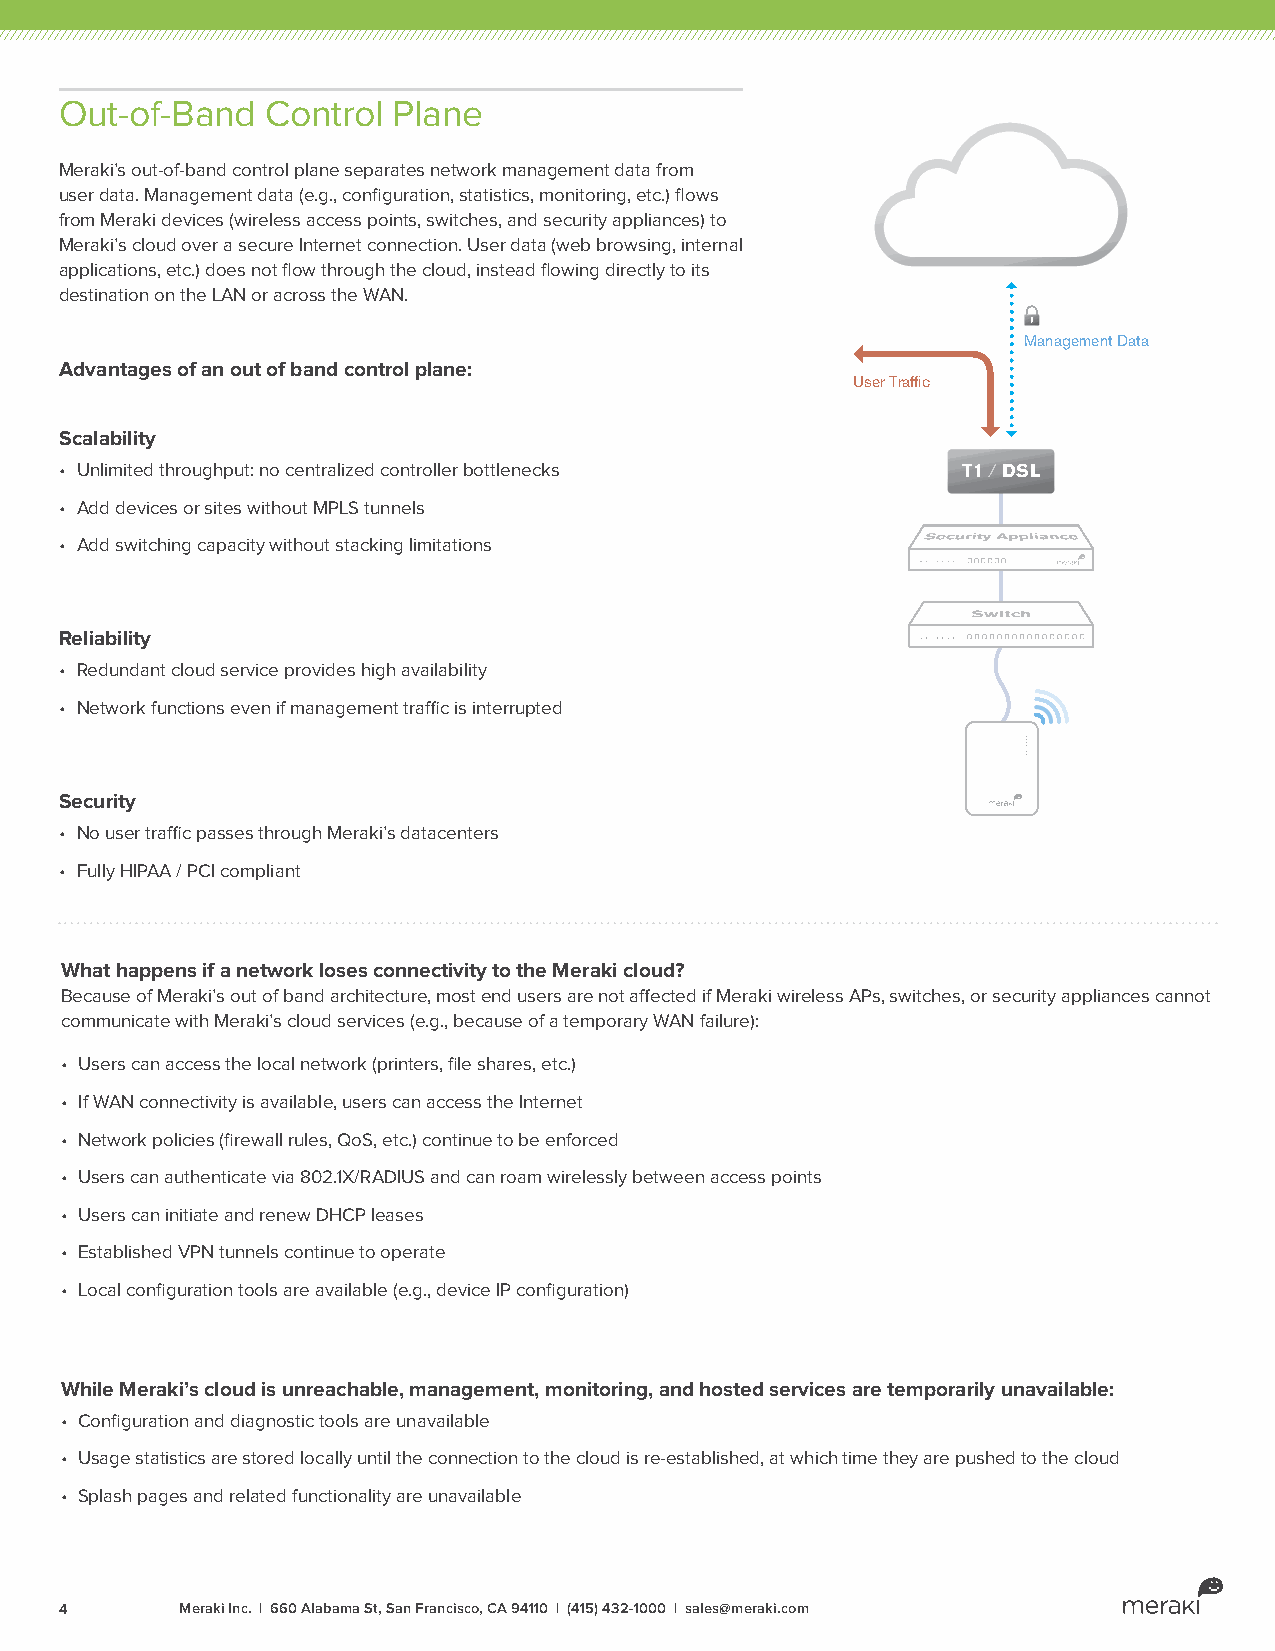
Out-of-Band   Control Plane
 Meraki’s out-of-band control plane separates network management data from
 user data. Management data (e.g., configuration, statistics, monitoring, etc.) flows
 from Meraki devices (wireless access points, switches, and security appliances) to
 Meraki’s cloud over a secure Internet connection. User data (web browsing, internal
 applications, etc.) does not flow through the cloud, instead flowing directly to its
 destination on the LAN or across the WAN.
 Management Data
 Advantages of an out of band control plane:
 User Traffic
 Scalability
 • Unlimited throughput: no centralized controller bottlenecks T1 / DSL
 • Add devices or sites without MPLS tunnels
 • Add switching capacity without stacking limitations
 Reliability
 • Redundant cloud service provides high availability
 • Network functions even if management traffic is interrupted
 Security
 • No user traffic passes through Meraki’s datacenters
 • Fully HIPAA / PCI compliant
 What happens if a network loses connectivity to the Meraki cloud?
 Because of Meraki’s out of band architecture, most end users are not affected if Meraki wireless APs, switches, or security appliances cannot
 communicate with Meraki’s cloud services (e.g., because of a temporary WAN failure):
 • Users can access the local network (printers, file shares, etc.)
 • If WAN connectivity is available, users can access the Internet
 • Network policies (firewall rules, QoS, etc.) continue to be enforced
 • Users can authenticate via 802.1X/RADIUS and can roam wirelessly between access points
 • Users can initiate and renew DHCP leases
 • Established VPN tunnels continue to operate
 • Local configuration tools are available (e.g., device IP configuration)
 While Meraki’s cloud is unreachable, management, monitoring, and hosted services are temporarily unavailable:
 • Configuration and diagnostic tools are unavailable
 • Usage statistics are stored locally until the connection to the cloud is re-established, at which time they are pushed to the cloud
 • Splash pages and related functionality are unavailable
 4       Meraki Inc. | 660 Alabama St, San Francisco, CA 94110 | (415) 432-1000 | sales@meraki.com